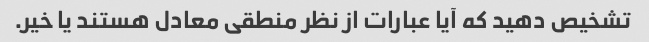
تشخیص دهید که آیا عبارات از نظر منطقی معادل هستند یا خیر.